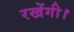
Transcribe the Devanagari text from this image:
रखेंगी।